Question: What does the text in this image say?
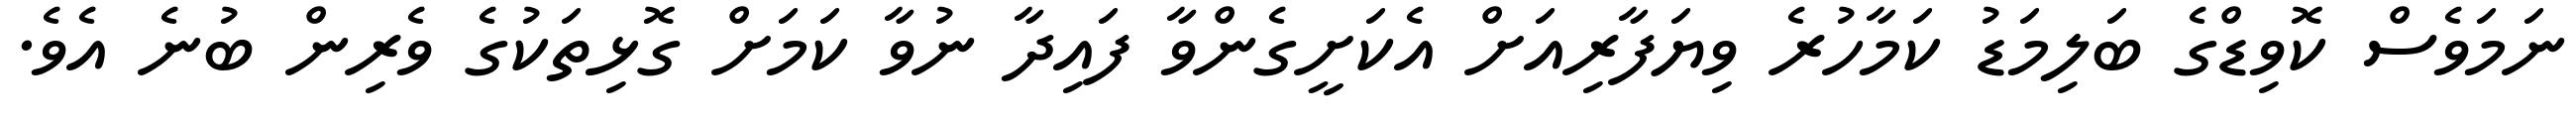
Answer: ނަމަވެސް ކޮވިޑްގެ ބަލިމަޑު ކަމާހުރެ ވިޔަފާރިއަށް އެކަށީގެންވާ ފައިދާ ނުވާ ކަމަށް ގޮޅިތަކުގެ ވެރިން ބުނެ އެވެ.